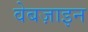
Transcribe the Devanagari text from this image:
वेबज़ाइन